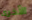
الآخرى